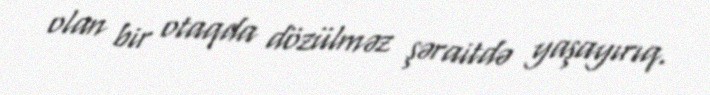
olan bir otaqda dözülməz şəraitdə yaşayırıq.